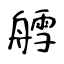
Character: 艝